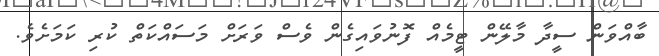
ބާއްވަން ސީދާ މާލޭން ޓީމެއް ފޮނުވައިގެން ވެސް ވަރަށް މަސައްކަތް ކުރި ކަމަށެވެ.